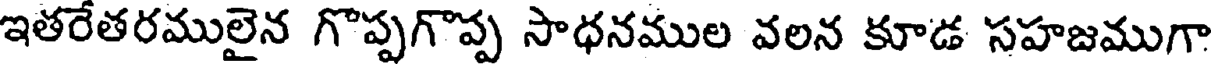
ఇతరేతరములైన గొప్పగొప్ప సాధనముల వలన కూడ సహజముగా